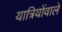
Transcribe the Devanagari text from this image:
यात्रियोंवाले